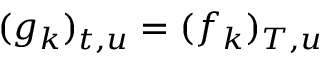
( g _ { k } ) _ { t , u } = ( f _ { k } ) _ { T , u }